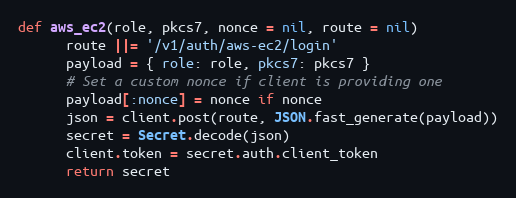
Language: Ruby
def aws_ec2(role, pkcs7, nonce = nil, route = nil)
      route ||= '/v1/auth/aws-ec2/login'
      payload = { role: role, pkcs7: pkcs7 }
      # Set a custom nonce if client is providing one
      payload[:nonce] = nonce if nonce
      json = client.post(route, JSON.fast_generate(payload))
      secret = Secret.decode(json)
      client.token = secret.auth.client_token
      return secret